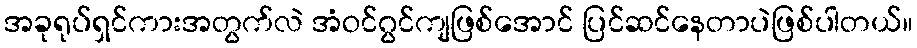
အခုရုပ်ရှင်ကားအတွက်လဲ အံဝင်ဂွင်ကျဖြစ်အောင် ပြင်ဆင်နေတာပဲဖြစ်ပါတယ်။